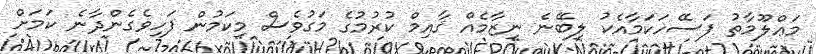
މަޢްލޫމާތު ފަސޭހަކަމާއެކު ލިބޭނެ ނިޒާމެއް ޤާއިމް ކުރުމުގެ މަގުވެސް މިކަމުން ފަހިވެގެންދާނެ ކަމަށް